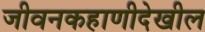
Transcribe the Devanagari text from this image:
जीवनकहाणीदेखील